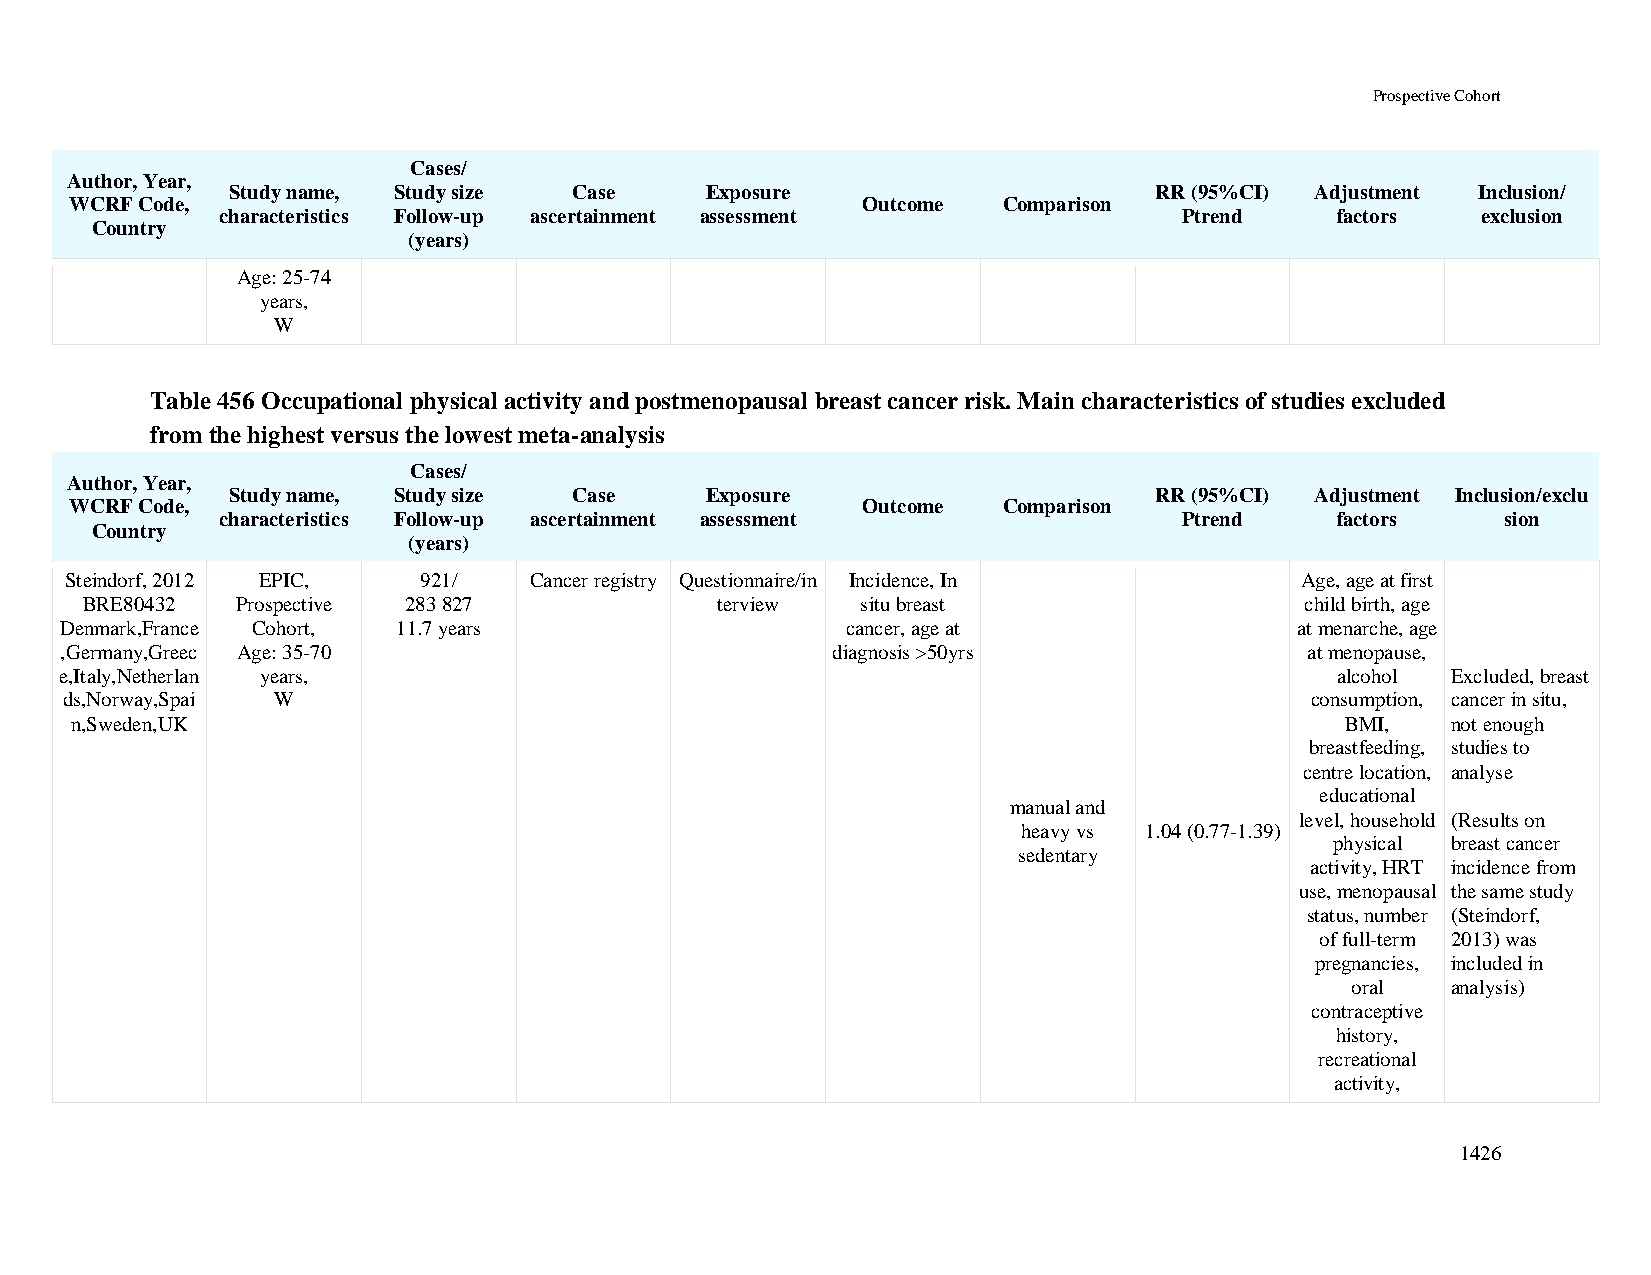
Prospective Cohort
 Cases/
 Author, Year,
 Study name, Study size Case     Exposure                     RR (95%CI) Adjustment Inclusion/
 WCRF Code,                                          Outcome  Comparison
 characteristics Follow-up ascertainment assessment             Ptrend    factors   exclusion
 Country
 (years)
 Age: 25-74
 years,
 W
 Table 456 Occupational physical activity and postmenopausal breast cancer risk. Main characteristics of studies excluded
 from the highest versus the lowest meta-analysis
 Cases/
 Author, Year,
 Study name, Study size Case     Exposure                     RR (95%CI) Adjustment Inclusion/exclu
 WCRF Code,                                          Outcome  Comparison
 characteristics Follow-up ascertainment assessment             Ptrend    factors     sion
 Country
 (years)
 Steindorf, 2012 EPIC,   921/   Cancer registry Questionnaire/in Incidence, In     Age, age at first
 BRE80432   Prospective 283 827            terview   situ breast                  child birth, age
 Denmark,France Cohort, 11.7 years                   cancer, age at                at menarche, age
 ,Germany,Greec Age: 35-70                          diagnosis >50yrs                at menopause,
 e,Italy,Netherlan years,                                                            alcohol Excluded, breast
 ds,Norway,Spai W                                                                   consumption, cancer in situ,
 n,Sweden,UK                                                                         BMI,   not enough
 breastfeeding, studies to
 centre location, analyse
 educational
 manual and
 level, household (Results on
 heavy vs 1.04 (0.77-1.39)
 physical breast cancer
 sedentary
 activity, HRT incidence from
 use, menopausal the same study
 status, number (Steindorf,
 of full-term 2013) was
 pregnancies, included in
 oral   analysis)
 contraceptive
 history,
 recreational
 activity,
 1426